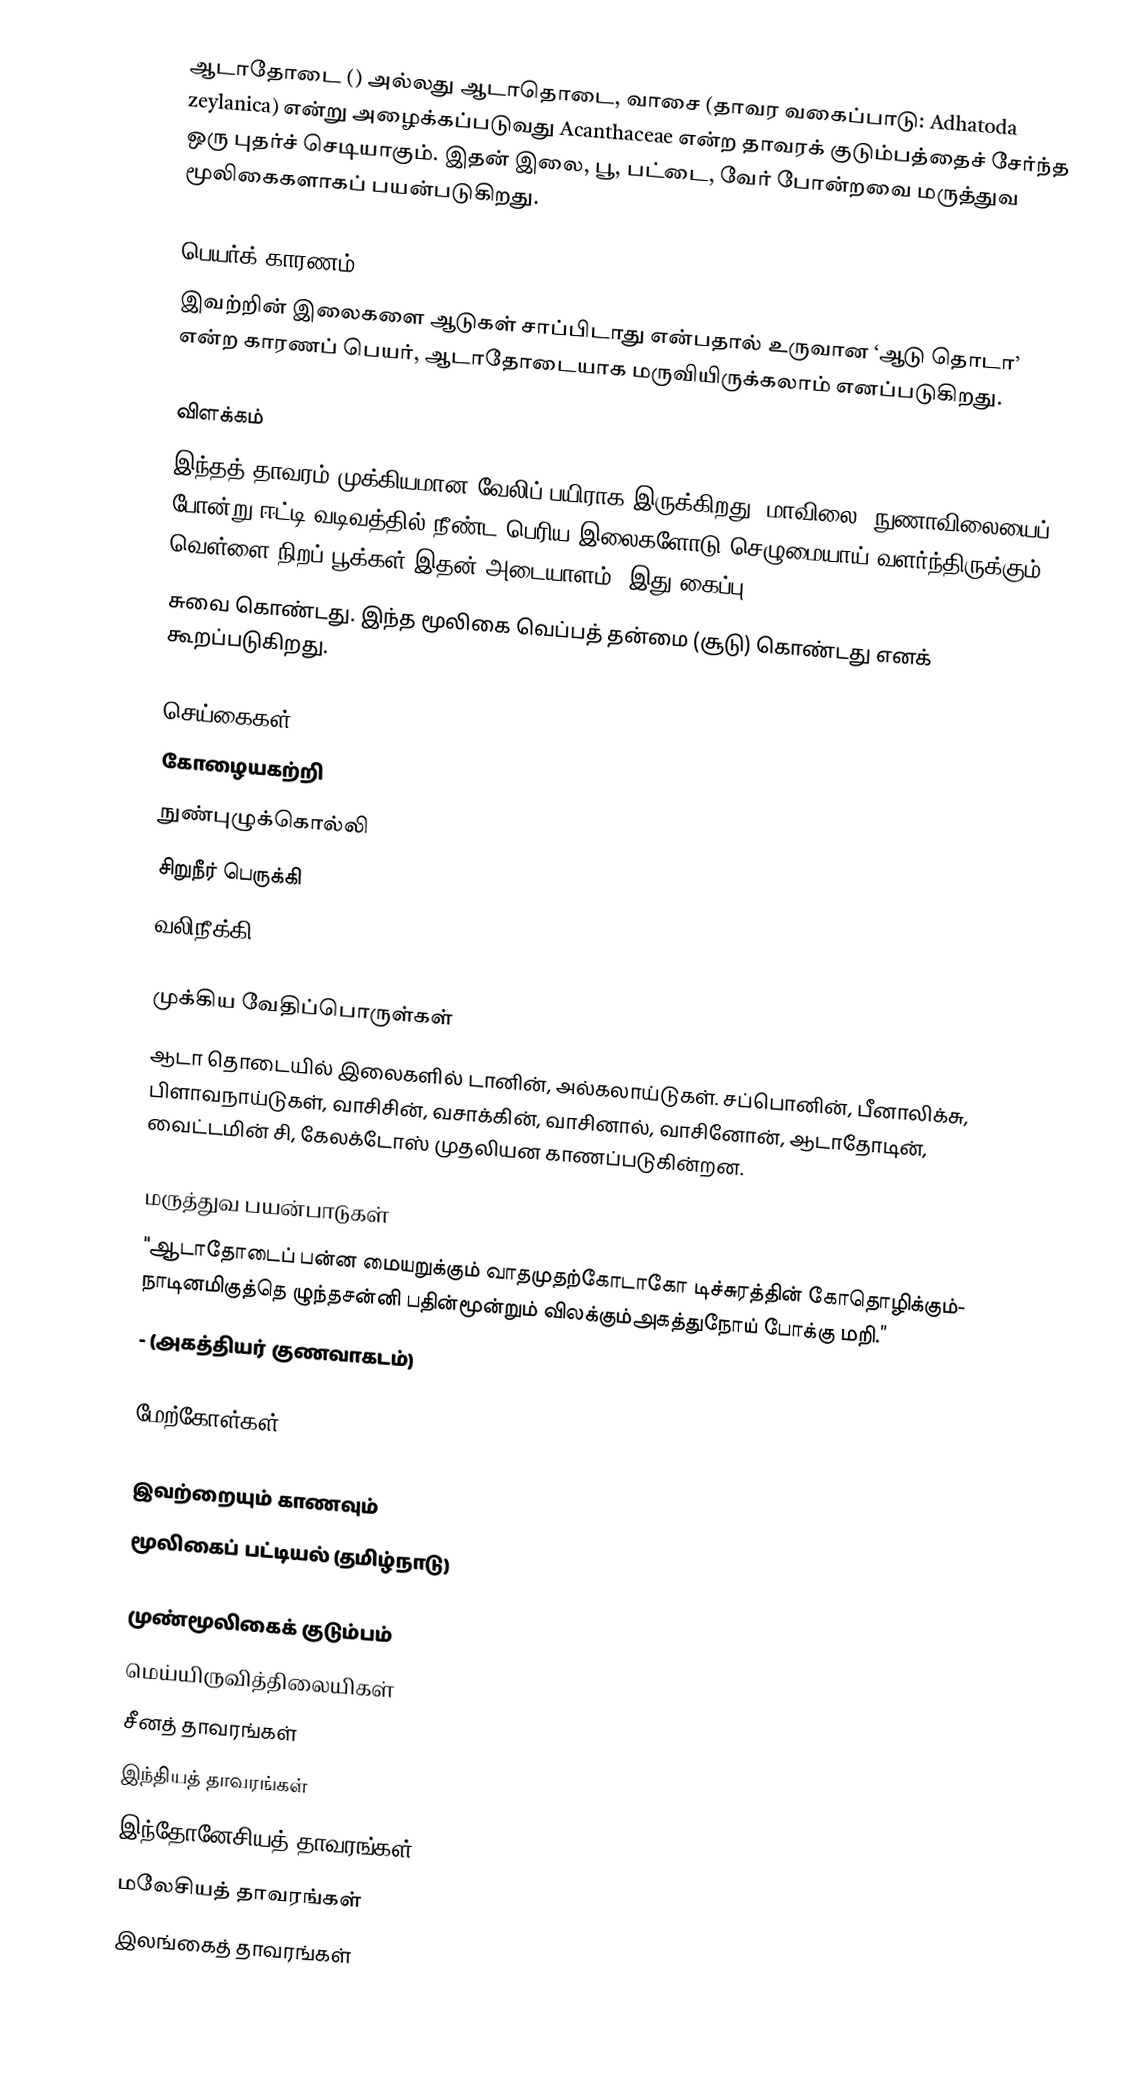
ஆடாதோடை () அல்லது ஆடாதொடை, வாசை (தாவர வகைப்பாடு: Adhatoda zeylanica) என்று அழைக்கப்படுவது Acanthaceae என்ற தாவரக் குடும்பத்தைச் சேர்ந்த ஒரு புதர்ச் செடியாகும். இதன் இலை, பூ, பட்டை, வேர் போன்றவை மருத்துவ மூலிகைகளாகப் பயன்படுகிறது.

பெயர்க் காரணம்
இவற்றின் இலைகளை ஆடுகள் சாப்பிடாது என்பதால் உருவான ‘ஆடு தொடா’ என்ற காரணப் பெயர், ஆடாதோடையாக மருவியிருக்கலாம் எனப்படுகிறது.

விளக்கம்
இந்தத் தாவரம் முக்கியமான வேலிப் பயிராக இருக்கிறது. மாவிலை, நுணாவிலையைப் போன்று ஈட்டி வடிவத்தில் நீண்ட பெரிய இலைகளோடு செழுமையாய் வளர்ந்திருக்கும். வெள்ளை நிறப் பூக்கள் இதன் அடையாளம். இது கைப்பு
சுவை கொண்டது. இந்த மூலிகை வெப்பத் தன்மை (சூடு) கொண்டது எனக் கூறப்படுகிறது.

செய்கைகள்
கோழையகற்றி
நுண்புழுக்கொல்லி
சிறுநீர் பெருக்கி
வலிநீக்கி

முக்கிய வேதிப்பொருள்கள்
ஆடா தொடையில் இலைகளில் டானின், அல்கலாய்டுகள். சப்பொனின், பீனாலிக்சு, பிளாவநாய்டுகள், வாசிசின், வசாக்கின், வாசினால், வாசினோன், ஆடாதோடின், வைட்டமின் சி, கேலக்டோஸ் முதலியன காணப்படுகின்றன.

மருத்துவ பயன்பாடுகள்
"ஆடாதோடைப் பன்ன மையறுக்கும் வாதமுதற்கோடாகோ டிச்சுரத்தின் கோதொழிக்கும்- நாடினமிகுத்தெ ழுந்தசன்னி பதின்மூன்றும் விலக்கும்அகத்துநோய் போக்கு மறி.”
- (அகத்தியர் குணவாகடம்)

மேற்கோள்கள்

இவற்றையும் காணவும்
மூலிகைப் பட்டியல் (தமிழ்நாடு)

முண்மூலிகைக் குடும்பம்
மெய்யிருவித்திலையிகள்
சீனத் தாவரங்கள்
இந்தியத் தாவரங்கள்
இந்தோனேசியத் தாவரங்கள்
மலேசியத் தாவரங்கள்
இலங்கைத் தாவரங்கள்